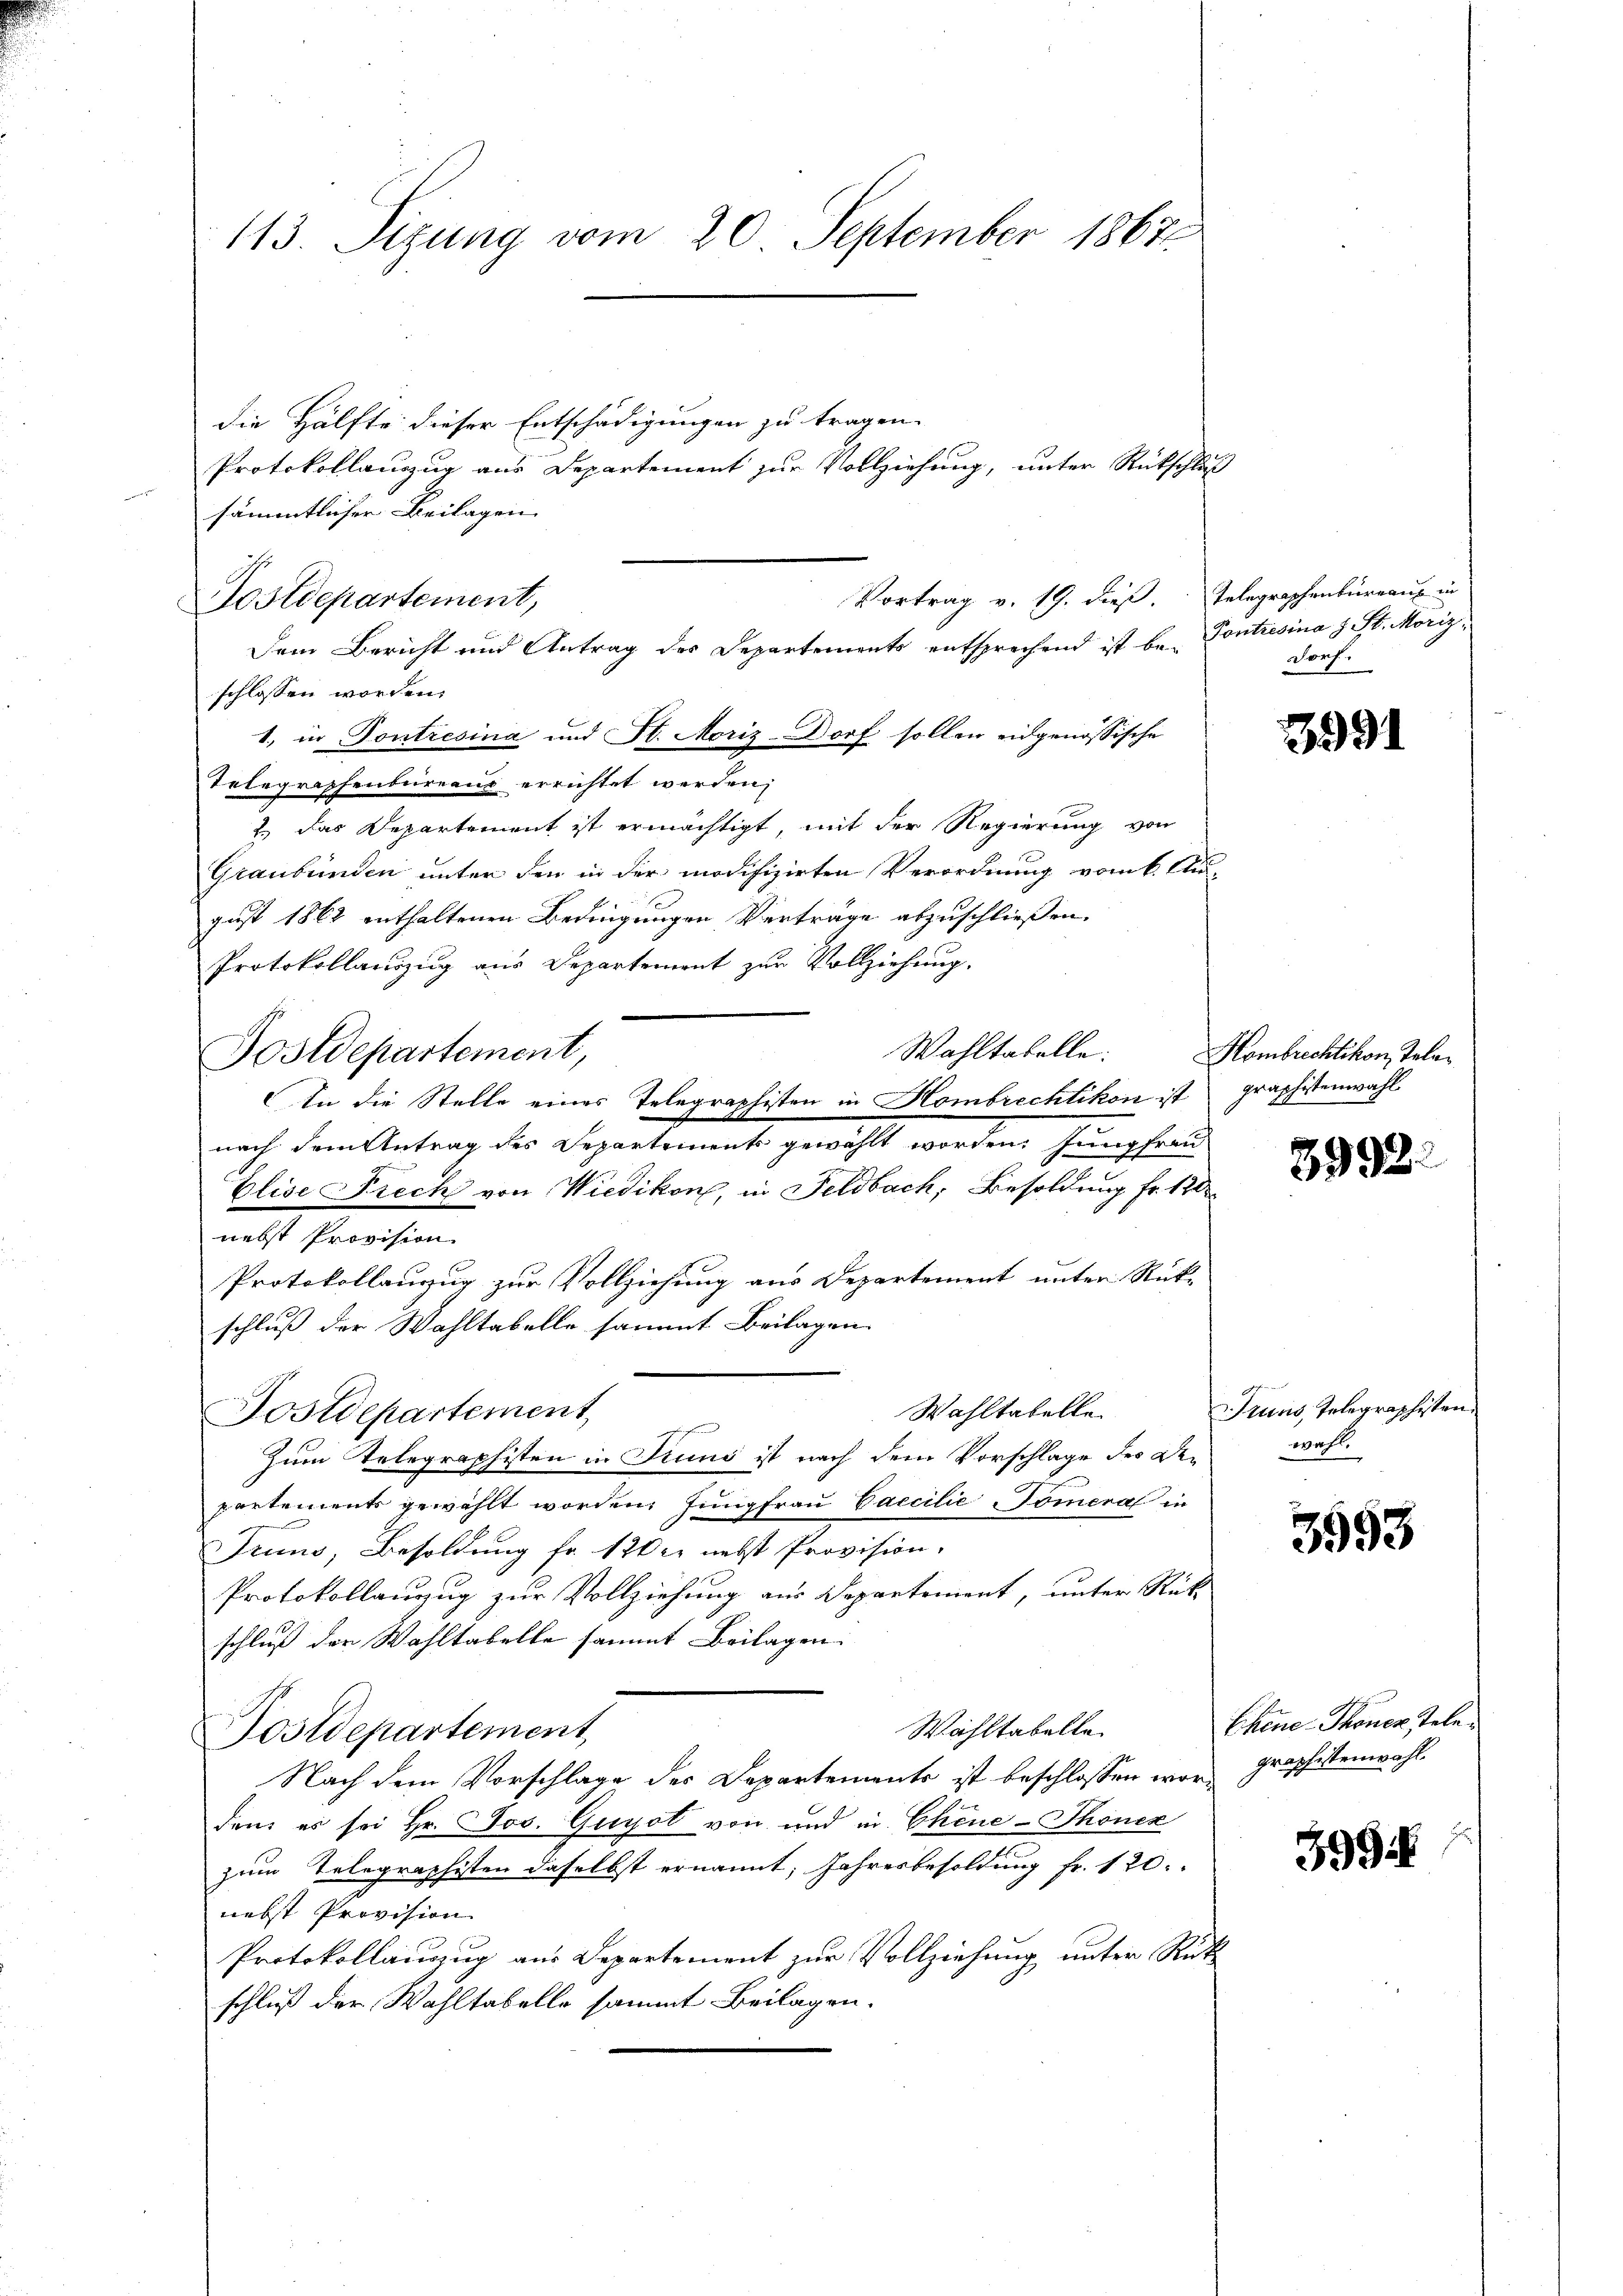
113. Sizung vom 20. September 1867.

die Hälfte dieser Entschädigungen zu tragen.
Protokollanzug aus Departement zur Vollziehung, unter Rückschluß
sämmtlicher Beilagen
Vortrag v. 19. dieß.
Postdepartement,
Dem Bericht und Antrag des Departements entsprechend ist be¬

schlossen worden.
1., in Kontresina und St. Moriz-Dorf sollen eidgenössische
Telegraphenbureaus errichtet werden,
2.) Das Departement ist ermächtigt, mit der Regierung von
Graubünden unter den in der modifizirten Verordnung vom k. Au
gust 1862 enthaltenen Bedingungen Verträge abzuschließen.
Protokollauszug aus Departement zur Vollziehung.
Wahltabelle:
Postdepartement,
In die Stelle eines Telegraphisten in Hombrechtikon ist graphistenwahl
nach dem Antrag des Departements gewählt worden. Jungfrau
Elise Prech von Wiedikon, in Feldbach, Besoldung fr. 120
nebst Provision.
Protokollauzug zur Vollziehung aus Departement unter Rück-
schluß der Wahltabelle sammt Beilagen.
Wahltabelle.
Fostdepartement,
Zum Telegraphisten in Kruns ist nach dem Vorschlage des Departements gewählt worden, Jungfrau Caccilie Pomeral in
Fruns, Besoldung fr. 120 er nebst Provision.
Protokollanzug zur Vollziehung aus Departement, unter Rück-
schluß der Wahltabelle sammt Beilagen.
Wahltabelle.
Postdepartement
Nach dem Vorschlage des Departemente ist beschlossen worden es sei Hr. Jos. Gugol von und in Chene - Thonen
zum Telegraphisten daselbst ernannt; Jahresbesoldung fr. 120.
nebst Provision
Protokollanzug aus Departement zur Vollziehung unter Ric
schluß der Wahltabelle sammt Beilagen.

Telegraphenbureau in
Kontresina J. St. Morig
Porf.

991

Hombrechtikon, Tele¬

3992.

Pruns, Telegraphisten.
wahl.

.
393

Chine-Thonen Tele
Graphestenwahl.

3994.